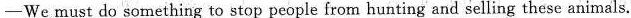
-We must do something to stop people from hunting and selling these animals.